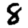
Digit: 8